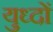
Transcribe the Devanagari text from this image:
युध्दों